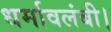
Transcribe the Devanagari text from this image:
धर्मावलंबी।